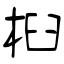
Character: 桕